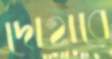
দোহারে